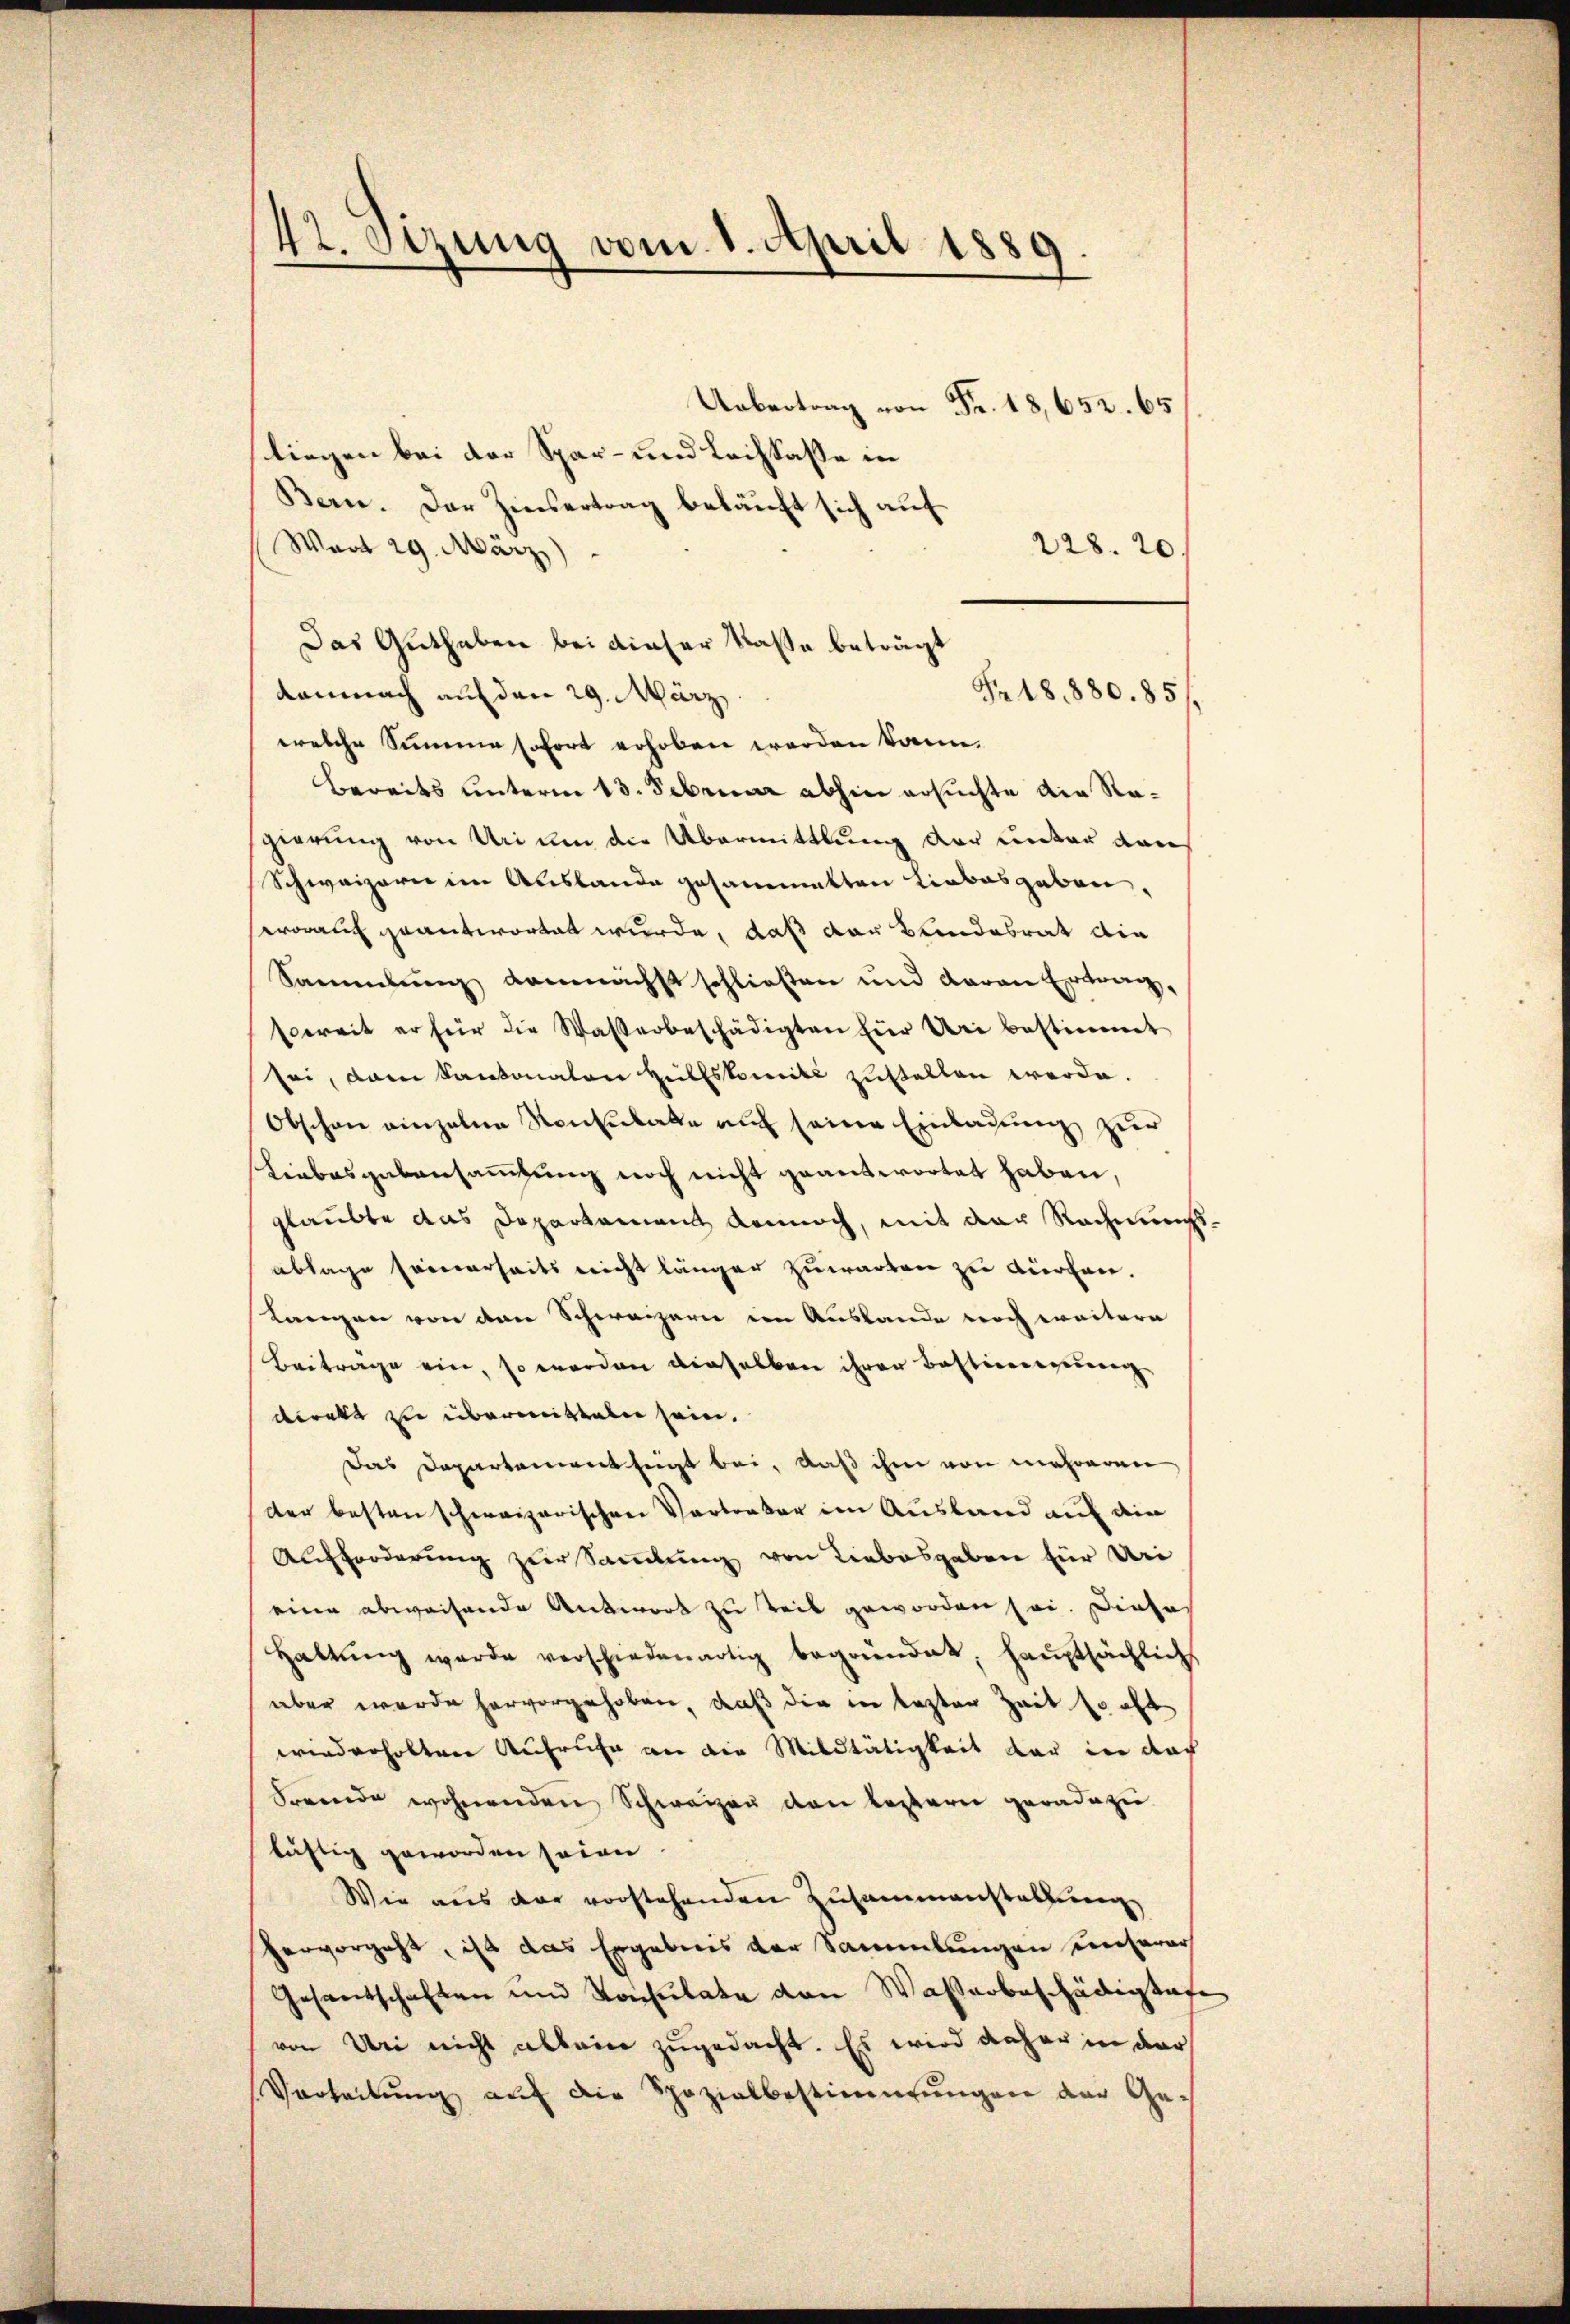
42. Setzung vom 1. April 1889.
7

Uebertrag von Fr. 18,652. 65
liegen bei der Spar- und Leihkasse in
Bern. Der Zinsertrag beläuft sich auf
Wert 29. März)
228. 20.
Das Guthaben bei dieser Kasse beträgt
demnach auf den 29. März
Fr. 18. 880.85)
welche Summe sofort erhoben werden kann.
Bereits unterm 13. Februar abhin ersuchte die Ragierung von Uri um die Übermittlung der unter dan
Schweizern im Auslande gesammetten Liebesgaben,
worauf geantwortet wurde, daß der Bundesrat die
Sammlung demnächst schließen und daran Ertrag,
soweit er für die Wasserbeschädigten für Uri bestimmt
sei, dann kantonalen Hülfskomité zustellen werde.
Obschon einzelne Konsulate auf seine Einladung zur
Liebesgebensammlung noch nicht geantwortet haben,
glaubte das Departement dennoch, mit der Rechnungsablage seinerseits nicht länger Zuwarten zu dürfen.
Langen von dem Schweizern in Auslande noch weitern
Beitrage ein, so werden dieselben ihrer Bestierenzeug-
direkt zu übermitteln sein.
Das Departement zeigt bei, daß ihm von mehreren
der besten schweizerischen Vortraber im Ausland auf den
Aufforderung zur Sammlung von Liebesgaben für Uri
eine abweisende Antwort zu teil geworden sei. Diese
Haltŭng werde verschiedenartig begründet, haŭptsächlich
über werde hervorgehoben, daß die in lezter Zeit so oft
wiederholten Aufruhe an die Militätigkeit dar in das
Freunde wohnenden Schweizen den leztern geradezu
täftig geworden seine
Wie aus der vorstehenden Zusammenstaltung
hervorgeht, ist das Ergebnis der Sammlungen unserers
Gesandschaften und Konsulate den Wasserbeschädigtete
von Uri nicht ableine zugedacht. Es wird daher in der
Verheilung auf die Spozialbestimmungen der Ge¬